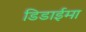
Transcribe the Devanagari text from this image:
डिडाईमा